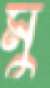
মু